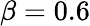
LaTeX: \beta=0.6